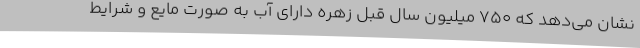
نشان می‌دهد که ۷۵۰ میلیون سال قبل زهره دارای آب به صورت مایع و شرایط